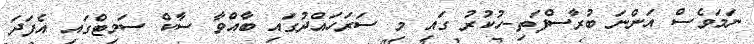
ނަމަވެސް އަންނަ ބުރާސްފަތި-ހުކުރު ގައި މި ސަރަހައްދުގައި ބާއްވާ ސާކް ސަމިޓްގައި އެފަދަ